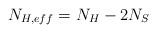
LaTeX: \begin{align*}N_{H,eff}=N_{H}-2N_{S}\end{align*}